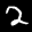
Label: 2